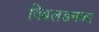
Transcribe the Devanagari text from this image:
विंबलडनका